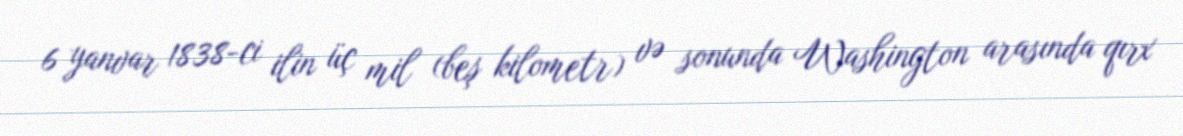
6 yanvar 1838-ci ilin üç mil (beş kilometr) və sonunda Washington arasında qırx